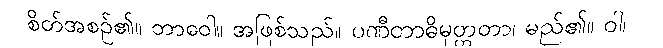
စိတ်အစဉ်၏။ ဘာဝေါ။ အဖြစ်သည်။ ပဏီတာဓိမုတ္တတာ၊ မည်၏။ ဝါ၊